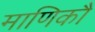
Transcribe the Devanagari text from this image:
माणिकौ